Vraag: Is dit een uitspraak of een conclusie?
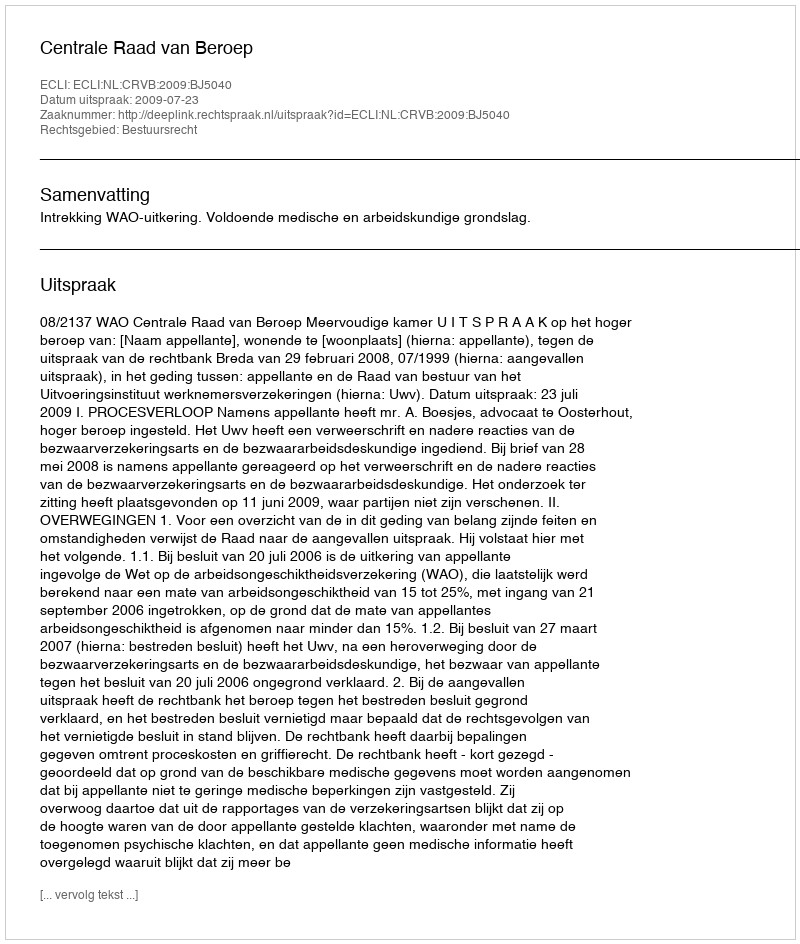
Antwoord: Uitspraak